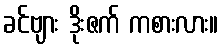
ခင်ဗျား ဒိုးဇက် ကစားလား။